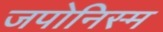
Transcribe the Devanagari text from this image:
जपोनिस्म